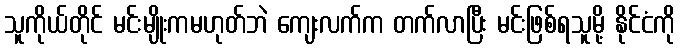
သူကိုယ်တိုင် မင်းမျိုးကမဟုတ်ဘဲ ကျေးလက်က တက်လာပြီး မင်းဖြစ်ရသူမို့ နိုင်ငံကို